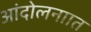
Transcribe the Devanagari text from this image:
आंदोलनाात